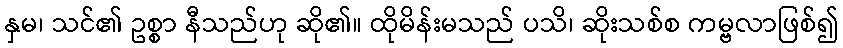
နှမ၊ သင်၏ ဥစ္စာ နီသည်ဟု ဆို၏။ ထိုမိန်းမသည် ပသိ၊ ဆိုးသစ်စ ကမ္ဗလာဖြစ်၍